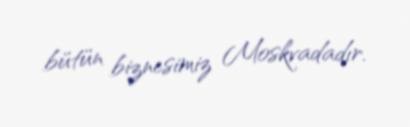
bütün biznesimiz Moskvadadır.